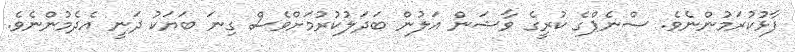
ފާޅުކުރަމުންނެވެ. ސްނެޕްގެ ކުރީގެ ވާޝަން އަލުން ބަދަލުކުރުމަށްވެސް ގިނަ ބަޔަކު ދަނީ އެދެމުންނެވެ.